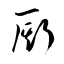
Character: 厮